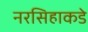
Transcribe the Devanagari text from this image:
नरसिहाकडे